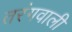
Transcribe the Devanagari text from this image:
तरंगवाली